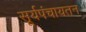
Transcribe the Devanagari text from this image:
सूर्यपंचायतन